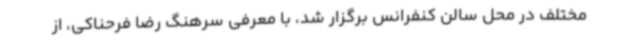
مختلف در محل سالن کنفرانس برگزار شد، با معرفی سرهنگ رضا فرحناکی، از